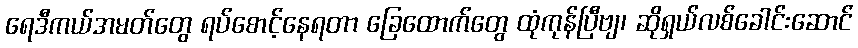
ရေဒီကယ်အမတ်တွေ ရပ်စောင့်နေရတာ ခြေထောက်တွေ ထုံကုန်ပြီဗျ၊ ဆိုရှယ်လစ်ခေါင်းဆောင်